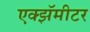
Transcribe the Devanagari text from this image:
एक्झॅमीटर